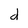
Character: d